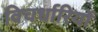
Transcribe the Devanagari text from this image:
विचर्धारियों